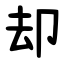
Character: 却